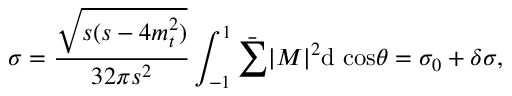
\sigma = \frac { \sqrt { s ( s - 4 m _ { t } ^ { 2 } ) } } { 3 2 \pi s ^ { 2 } } \int _ { - 1 } ^ { 1 } \bar { \sum } | M | ^ { 2 } \mathrm { d \ c o s } \theta = \sigma _ { 0 } + \delta \sigma ,